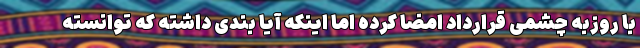
با روزبه چشمی قرارداد امضا کرده اما اینکه آیا بندی داشته که توانسته